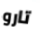
تارو